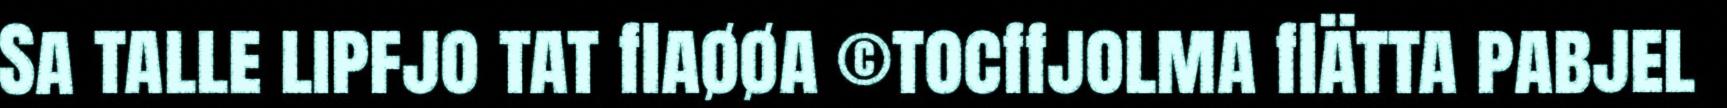
Sa talle lipfjo tat flaøøa ©tocffjolma flätta pabjel